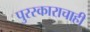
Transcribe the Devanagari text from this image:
पुरस्काराचाही